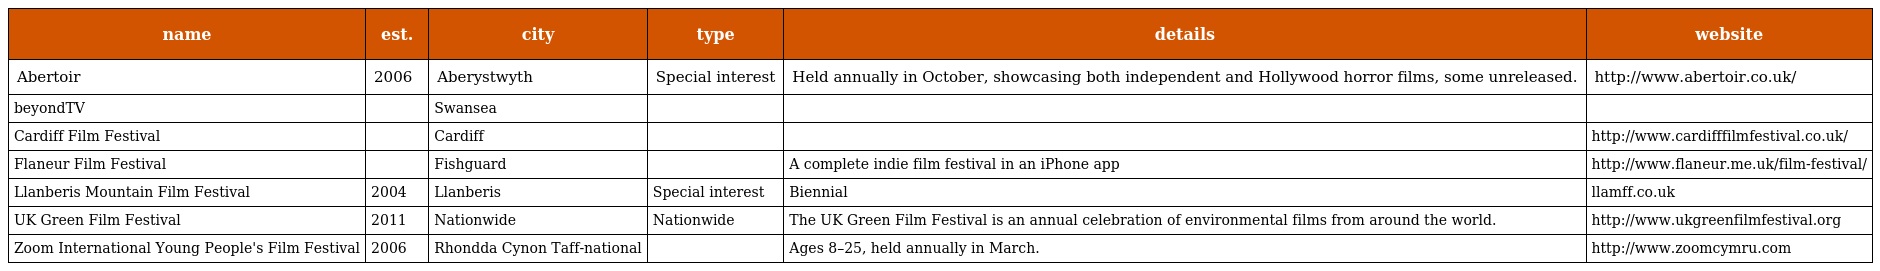
| name | est. | city | type | details | website |
 | --- | --- | --- | --- | --- | --- |
 | Abertoir | 2006 | Aberystwyth | Special interest | Held annually in October, showcasing both independent and Hollywood horror films, some unreleased. | http://www.abertoir.co.uk/ |
 | beyondTV |  | Swansea |  |  |  |
 | Cardiff Film Festival |  | Cardiff |  |  | http://www.cardifffilmfestival.co.uk/ |
 | Flaneur Film Festival |  | Fishguard |  | A complete indie film festival in an iPhone app | http://www.flaneur.me.uk/film-festival/ |
 | Llanberis Mountain Film Festival | 2004 | Llanberis | Special interest | Biennial | llamff.co.uk |
 | UK Green Film Festival | 2011 | Nationwide | Nationwide | The UK Green Film Festival is an annual celebration of environmental films from around the world. | http://www.ukgreenfilmfestival.org |
 | Zoom International Young People's Film Festival | 2006 | Rhondda Cynon Taff-national |  | Ages 8–25, held annually in March. | http://www.zoomcymru.com |